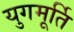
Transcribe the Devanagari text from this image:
युगमूर्ति